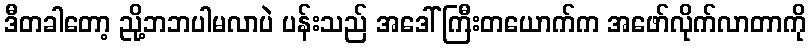
ဒီတခါတော့ ညို့ဘဘပါမလာပဲ ပန်းသည် အဒေါ်ကြီးတယောက်က အဖော်လိုက်လာတာကို